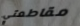
مقاطعتي